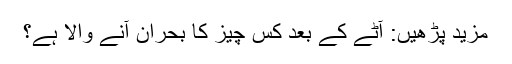
مزید پڑھیں: آٹے کے بعد کس چیز کا بحران آنے والا ہے؟